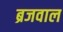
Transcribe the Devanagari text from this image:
ब्रजवाल